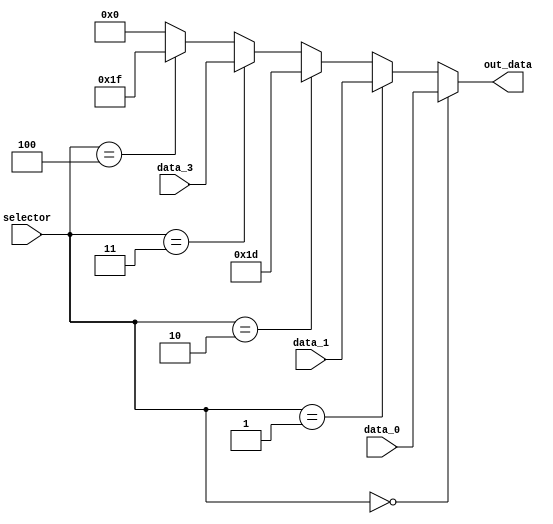
module mux_regDst (
    input wire   [2:0]      selector,
    input wire   [4:0]      data_0,
    input wire   [4:0]      data_1,
    input wire   [4:0]      data_3,
    output wire  [4:0]      out_data
);
    
    assign out_data = (selector == 3'b000) ? data_0   :
                      (selector == 3'b001) ? data_1   :
                      (selector == 3'b010) ? 5'b11101 :
                      (selector == 3'b011) ? data_3   :
                      (selector == 3'b100) ? 5'b11111 :
                      5'b00000;

endmodule